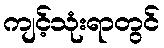
ကျင့်သုံးရာတွင်